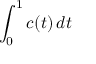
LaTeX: \int _ { 0 } ^ { 1 } c ( t ) \, d t